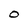
Character: O